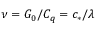
\nu = G _ { 0 } / C _ { q } = c _ { * } / \lambda